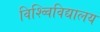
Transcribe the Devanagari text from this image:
विश्व्विविद्यालय